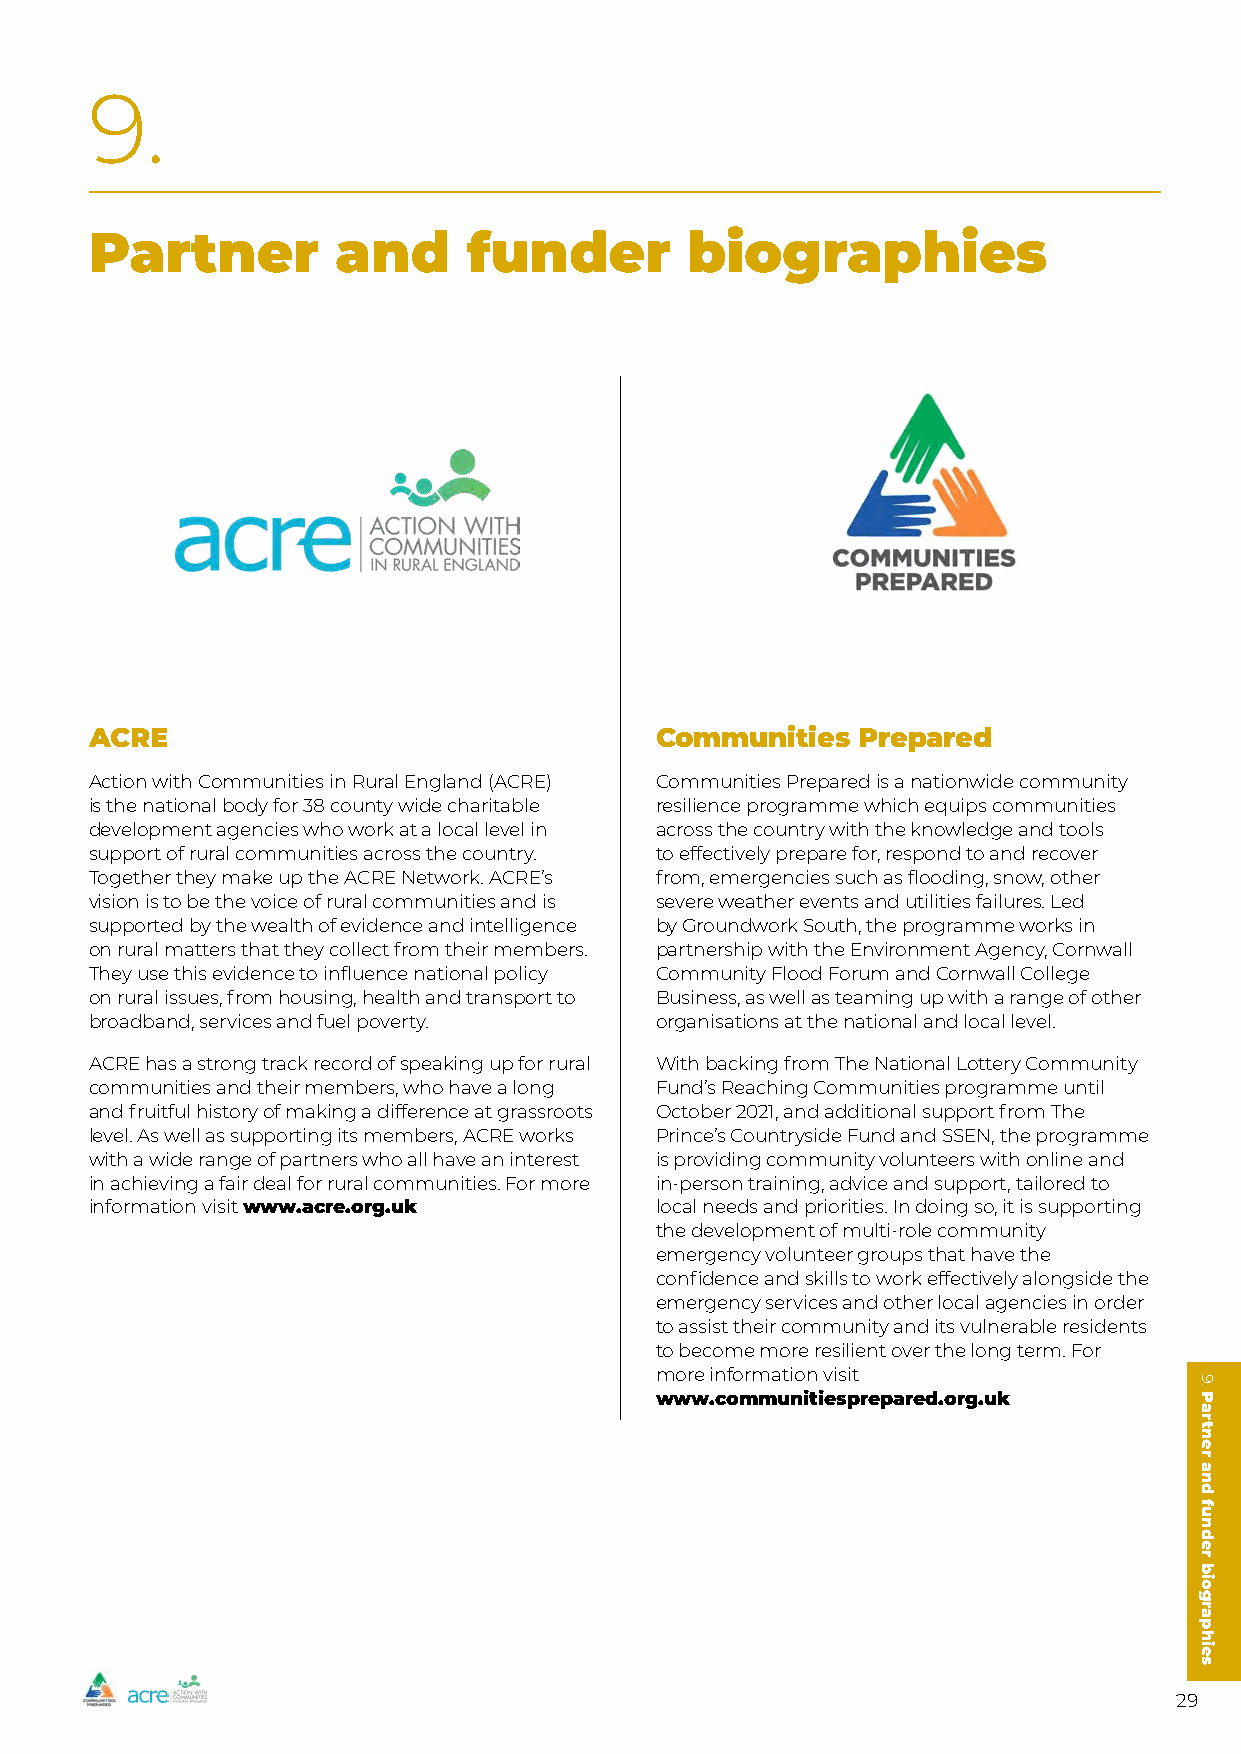
9.
 Partner         and      funder        biographies
 ACRE                                 Communities   Prepared
 Action with Communities in Rural England (ACRE) Communities Prepared is a nationwide community
 is the national body for 38 county wide charitable resilience programme which equips communities
 development agencies who work at a local level in across the country with the knowledge and tools
 support of rural communities across the country. to effectively prepare for, respond to and recover
 Together they make up the ACRE Network. ACRE’s from, emergencies such as flooding, snow, other
 vision is to be the voice of rural communities and is severe weather events and utilities failures. Led
 supported by the wealth of evidence and intelligence by Groundwork South, the programme works in
 on rural matters that they collect from their members. partnership with the Environment Agency, Cornwall
 They use this evidence to influence national policy Community Flood Forum and Cornwall College
 on rural issues, from housing, health and transport to Business, as well as teaming up with a range of other
 broadband, services and fuel poverty. organisations at the national and local level.
 ACRE has a strong track record of speaking up for rural With backing from The National Lottery Community
 communities and their members, who have a long Fund’s Reaching Communities programme until
 and fruitful history of making a difference at grassroots October 2021, and additional support from The
 level. As well as supporting its members, ACRE works Prince’s Countryside Fund and SSEN, the programme
 with a wide range of partners who all have an interest is providing community volunteers with online and
 in achieving a fair deal for rural communities. For more in-person training, advice and support, tailored to
 information visit www.acre.org.uk    local needs and priorities. In doing so, it is supporting
 the development of multi-role community
 emergency volunteer groups that have the
 confidence and skills to work effectively alongside the
 emergency services and other local agencies in order
 to assist their community and its vulnerable residents
 to become more resilient over the long term. For
 more information visit
 www.communitiesprepared.org.uk
 29
 9.
 Partner
 and
 funder
 biographies